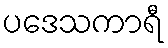
ပဒေသကာရီ